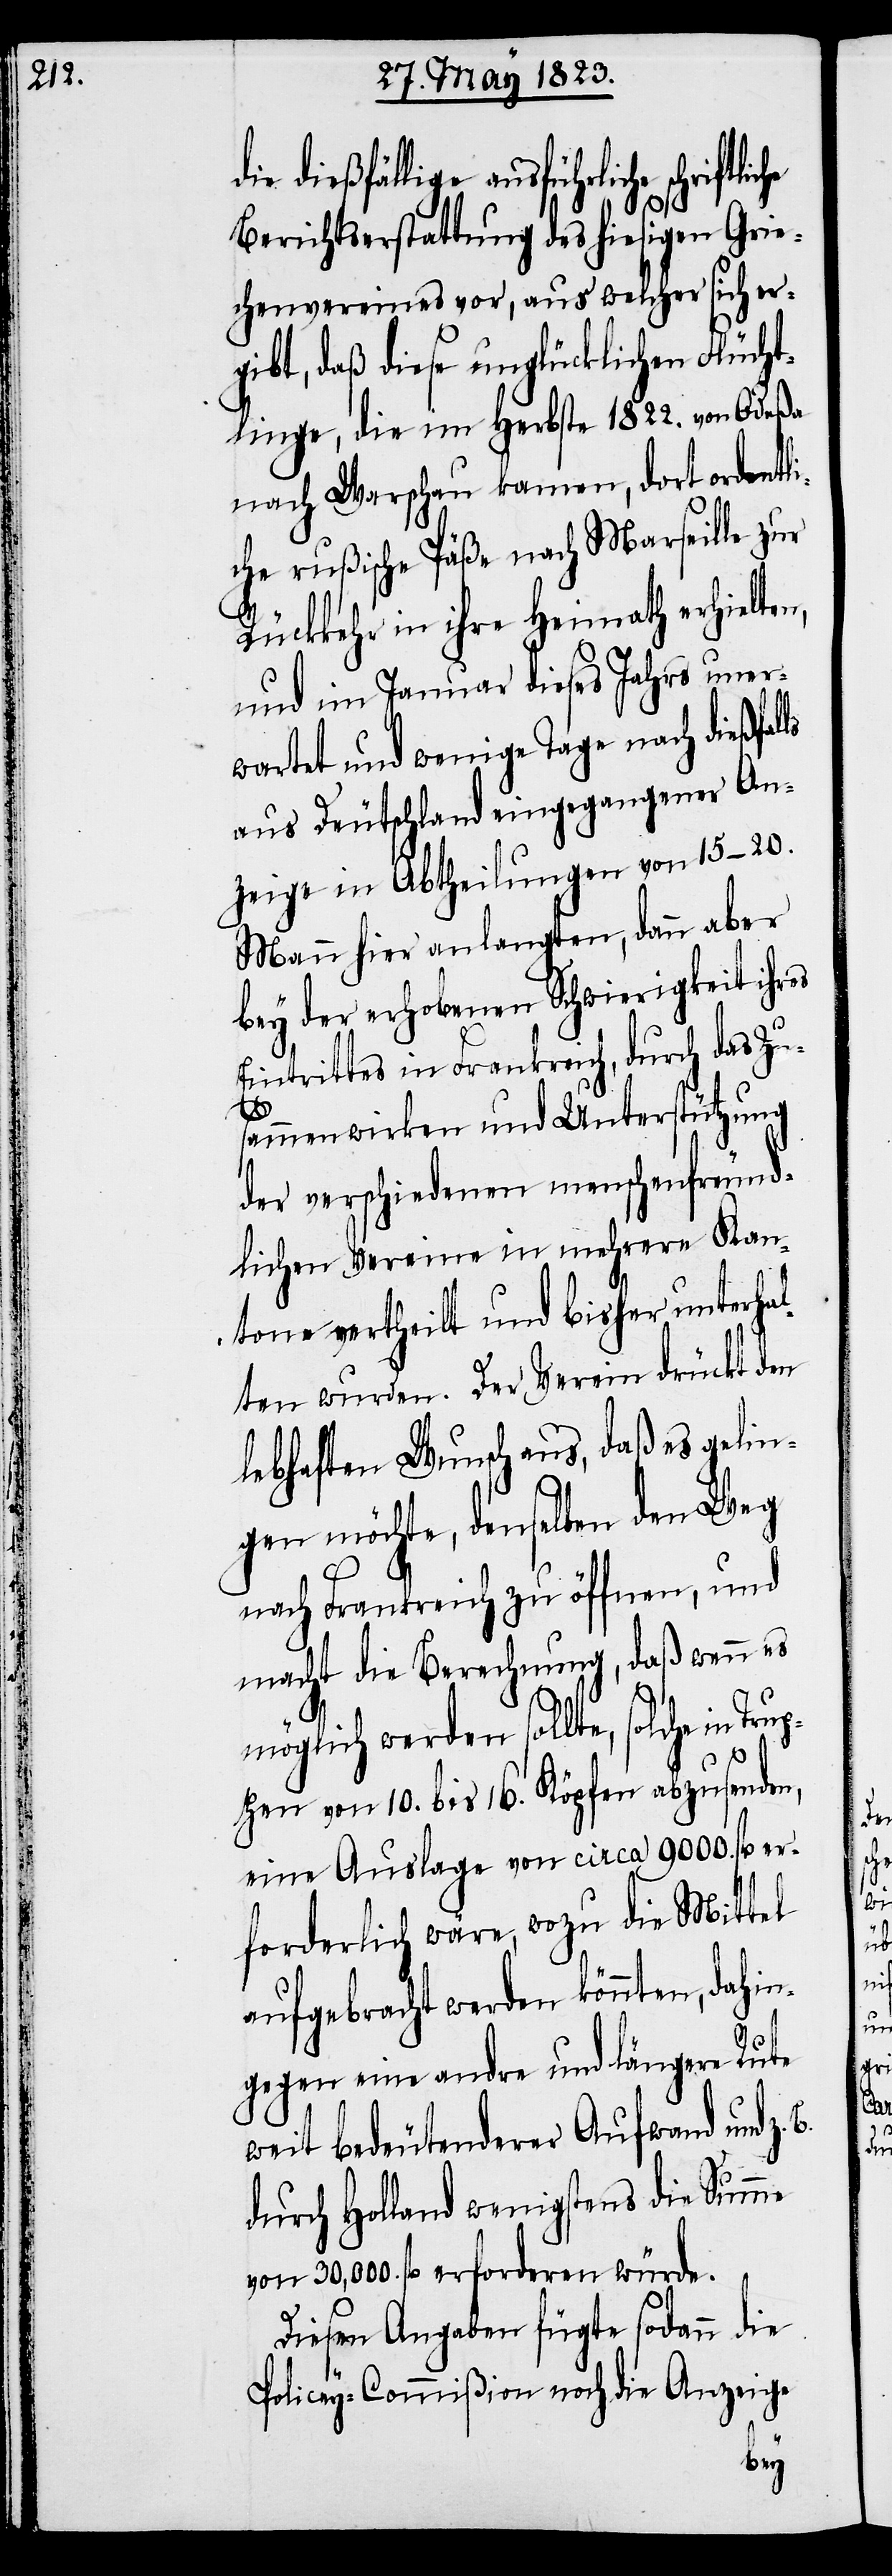
dießfällige ausführliche
Berichtserstattung des hiesigen Grie¬
chenvereines vor, aus welcher sich er¬
gibt, daß diese unglücklichen Flücht¬
linge, die im Herbste 1822. von Odeßa
nach Warschau kamen, dort ordentli¬
che rußische Päße nach Marseille zur
Rückkehr in ihre Heimath erhielte¬
und im Januar dieses Jahrs uner¬
wartet und wenige Tage nach dießfal¬
aus Deutschland eingegangener An¬
zeige in Abtheilungen von 15–20.
Mann hier anlangten, dann aber
bey der erhobenen Schwierigkeit ihres
Eintrittes in Frankreich, durch das Zu¬
B.
sammenwirken und Unterstützung
der verschiedenen menschenfreund¬
lichen Vereine in mehrere Kan¬
tone vertheilt und bisher unterhal¬
ten wurden. Der Verein drückt den
lebhaften Wunsch aus, daß es gelin¬
gen möchte, denselben den Weg
nach Frankreich zu öffnen, und
macht die Berechnung, daß wenn es
möglich werden sollte, solche in
Tru¬
ppen von 10. bis 16. Köpfen abzusenden,
eine Auslage von circa 9000. fl. er¬
forderlich wäre, wozu die Mittel
aufgebracht werden könnten, dahi¬
ngegen eine andre und längere Rute
weit bedeutenderer Aufwand und z.
durch Holland wenigstens die Summe
von 30,000. fl. erforderen würde.
Diesen Angaben fügte sodann die
Policey-Commißion noch die Anzeige
die